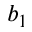
b _ { 1 }